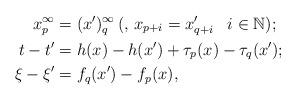
LaTeX: \begin{align*} x_p^{\infty}&=(x')_{q}^{\infty}\, (,\,x_{p+i}=x'_{q+i}\,\,\, \,\,i\in \mathbb{N});\\ t-t' &=h(x)-h(x')+\tau_p(x)-\tau_q(x');\\ \xi-\xi'& =f_q(x')-f_p(x),\end{align*}